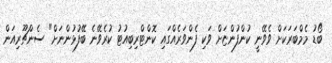
ބޯޑު މެމްބަރަކަށް ވެވޭނީ ކުންފުންޏަށް ވަކި ފެންވަރެއްގައި ކޮންޓްރިބިއުޓު ކުރެވޭނެ ބޭފުޅުންނަށް" ސެންޗޫރިއަން